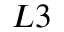
L 3